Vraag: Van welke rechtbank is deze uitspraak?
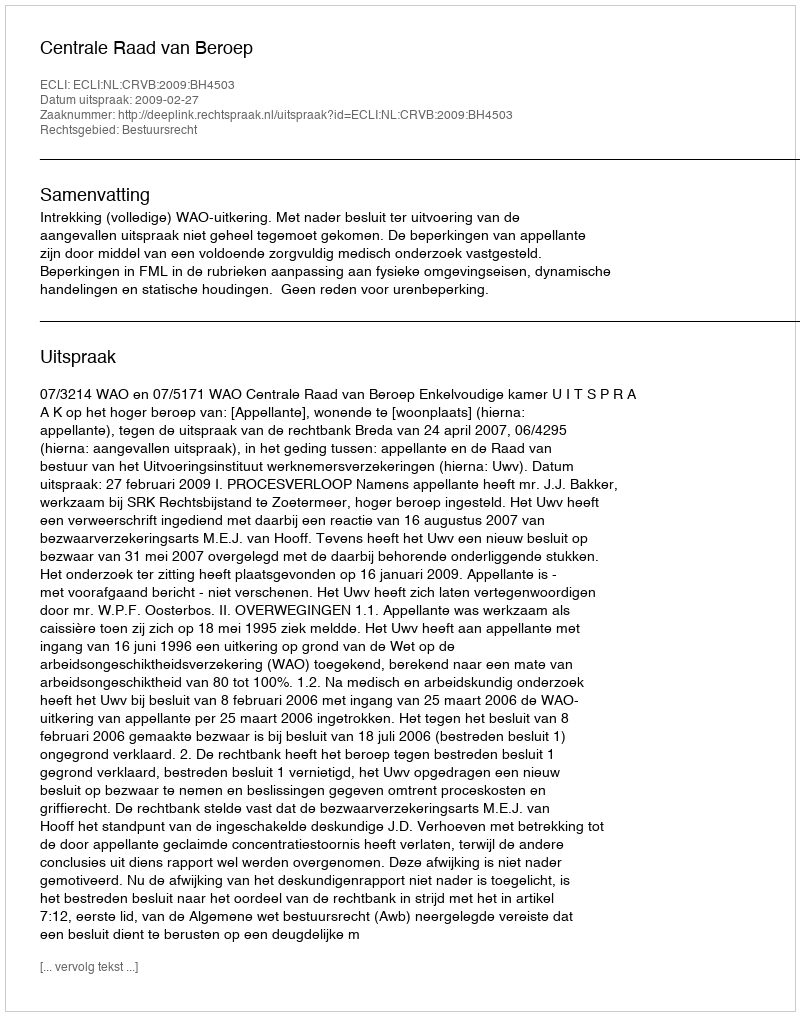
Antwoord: Centrale Raad van Beroep